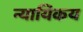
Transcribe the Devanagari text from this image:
न्यायिकय